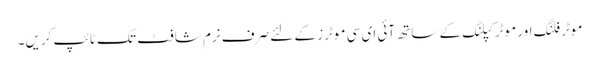
موٹر فلنگ اور موٹر کپلنگ کے ساتھ آئی ای سی موٹرز کے لئے صرف نرم شافٹ تک ٹائپ کریں۔